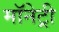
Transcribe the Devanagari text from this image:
मॉनेट्री